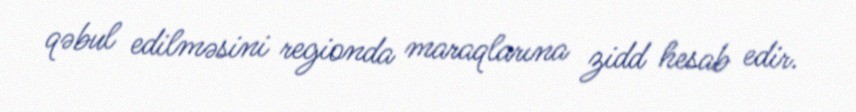
qəbul edilməsini regionda maraqlarına zidd hesab edir.